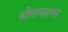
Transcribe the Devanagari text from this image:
श्रीरामनगर